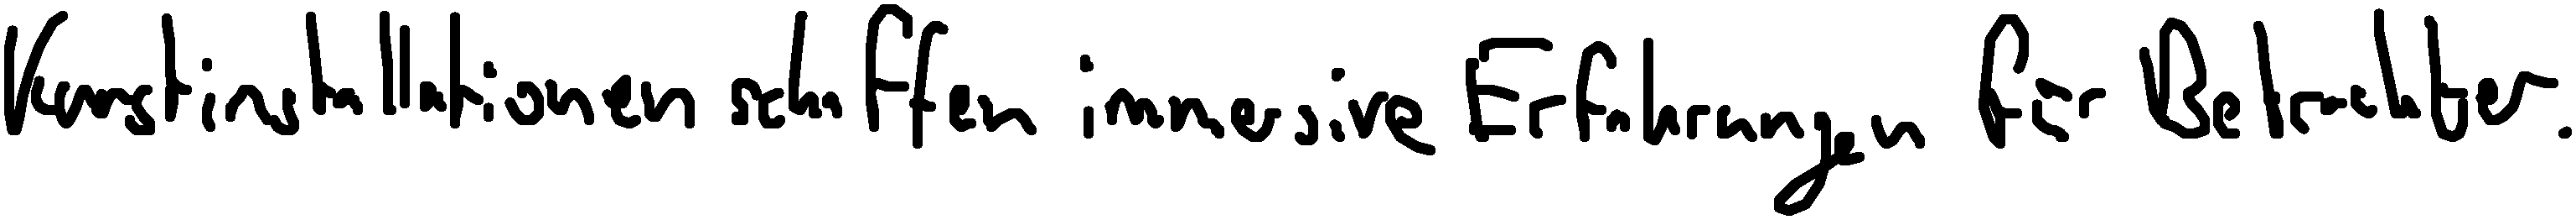
Kunstinstallationen schaffen immersive Erfahrungen für Betrachter.